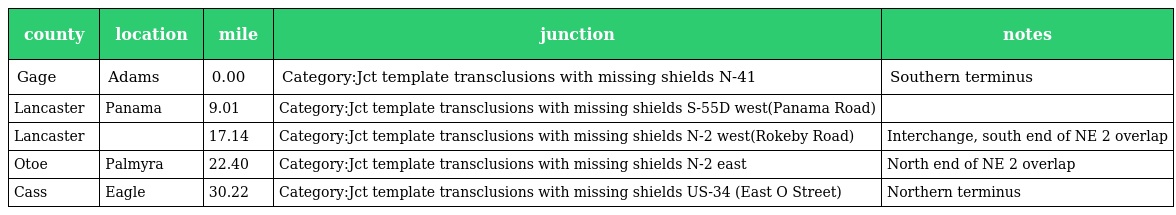
| county | location | mile | junction | notes |
 | --- | --- | --- | --- | --- |
 | Gage | Adams | 0.00 | Category:Jct template transclusions with missing shields N-41 | Southern terminus |
 | Lancaster | Panama | 9.01 | Category:Jct template transclusions with missing shields S-55D west(Panama Road) |  |
 | Lancaster |  | 17.14 | Category:Jct template transclusions with missing shields N-2 west(Rokeby Road) | Interchange, south end of NE 2 overlap |
 | Otoe | Palmyra | 22.40 | Category:Jct template transclusions with missing shields N-2 east | North end of NE 2 overlap |
 | Cass | Eagle | 30.22 | Category:Jct template transclusions with missing shields US-34 (East O Street) | Northern terminus |